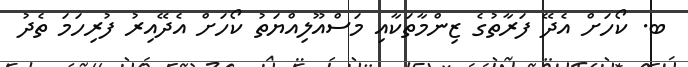
ބ. ކޯހަށް އެދޭ ފަރާތުގެ ޒިންމާތަކާއި މަސްއޫލިއްޔަތު ކޯހަށް އެދޭއިރު ފުރިހަމަ ތެދު